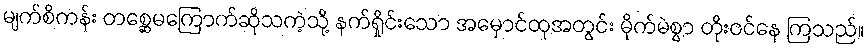
မျက်စိကန်း တစ္ဆေမကြောက်ဆိုသကဲ့သို့ နက်ရှိုင်းသော အမှောင်ထုအတွင်း မိုက်မဲစွာ တိုးဝင်နေ ကြသည်။